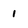
Character: 1